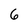
Character: 6